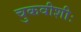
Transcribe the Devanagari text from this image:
चुकवीशीः